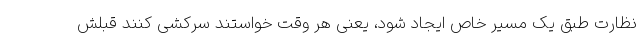
نظارت طبق یک مسیر خاص ایجاد شود، یعنی هر وقت خواستند سرکشی کنند قبلش